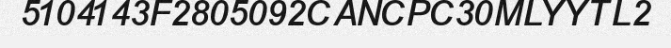
5104143F2805092CANCPC30MLYYTL2